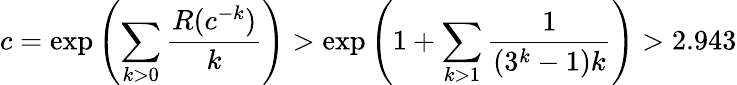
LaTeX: c=\exp\left(\sum_{k>0}{\frac{R(c^{-k})}{k}}\right)>\exp\left(1+\sum_{k>1}{\frac{1}{(3^{k}-1)k}}\right)>2.943